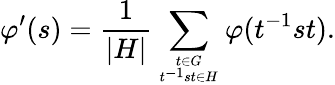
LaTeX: \varphi^{\prime}(s)={\frac{1}{|H|}}\sum_{t\in G\atop t^{-1}st\in H}^{}\varphi(t^{-1}st).